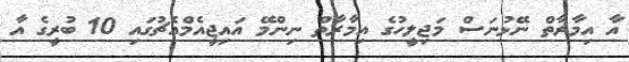
އާ އިމާރާތް ނޭޅުނަސް މަޖިލީހުގެ އިމާރާތް ނިންމޭ އައިޖީއެމްއެޗުގައި 10 ބުރީގެ އާ